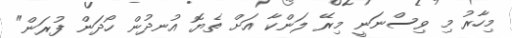
މިހާރު މި ވިސްނަނީ މިރޭ ލަންކާ އަށް ތެޔޮ އުނދުން ހޯދަން ފުރަން"